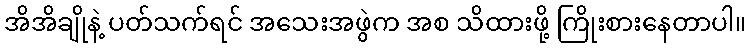
အိအိချိုနဲ့ ပတ်သက်ရင် အသေးအဖွဲက အစ သိထားဖို့ ကြိုးစားနေတာပါ။